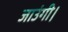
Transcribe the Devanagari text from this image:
जाउंगी।